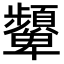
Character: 顰